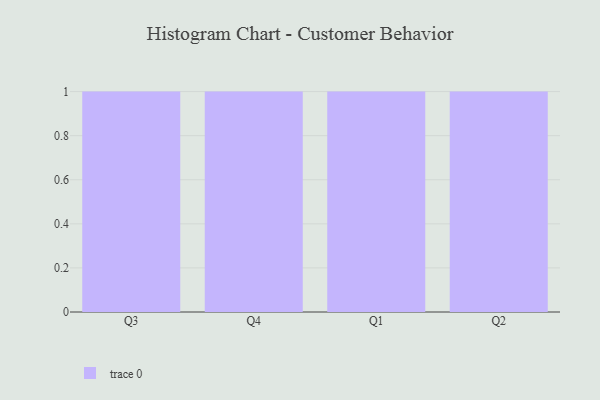
{"axis": {"x": "Quarter", "y": "Customer Acquisition Cost (USD)"}, "legend": [""], "data": [{"x": "Q3", "y": 19, "type": ""}, {"x": "Q4", "y": 72, "type": ""}, {"x": "Q1", "y": 87, "type": ""}, {"x": "Q2", "y": 16, "type": ""}]}